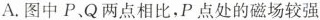
A.图中P、Q两点相比，P点处的磁场较强